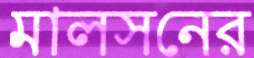
মালসনের